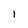
Character: 1